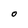
Character: O